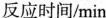
反应时间/min